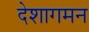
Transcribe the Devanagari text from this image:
देशागमन